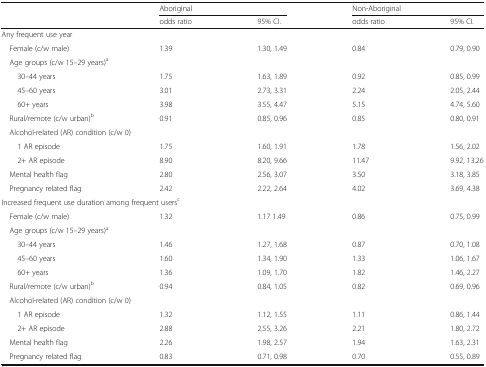
<table><thead><tr><td rowspan="2"></td><td colspan="2"><b>Aboriginal</b></td><td colspan="2"><b>Non-Aboriginal</b></td></tr><tr><td><b>odds ratio</b></td><td><b>95% CI.</b></td><td><b>odds ratio</b></td><td><b>95% CI.</b></td></tr></thead><tbody><tr><td colspan="5">Any frequent use year</td></tr><tr><td> Female (c/w male)</td><td>1.39</td><td>1.30, 1.49</td><td>0.84</td><td>0.79, 0.90</td></tr><tr><td colspan="5"> Age groups (c/w 15–29 years)<sup>a</sup></td></tr><tr><td>30–44 years</td><td>1.75</td><td>1.63, 1.89</td><td>0.92</td><td>0.85, 0.99</td></tr><tr><td>45–60 years</td><td>3.01</td><td>2.73, 3.31</td><td>2.24</td><td>2.05, 2.44</td></tr><tr><td>60+ years</td><td>3.98</td><td>3.55, 4.47</td><td>5.15</td><td>4.74, 5.60</td></tr><tr><td> Rural/remote (c/w urban)<sup>b</sup></td><td>0.91</td><td>0.85, 0.96</td><td>0.85</td><td>0.80, 0.91</td></tr><tr><td colspan="5"> Alcohol-related (AR) condition (c/w 0)</td></tr><tr><td>1 AR episode</td><td>1.75</td><td>1.60, 1.91</td><td>1.78</td><td>1.56, 2.02</td></tr><tr><td>2+ AR episode</td><td>8.90</td><td>8.20, 9.66</td><td>11.47</td><td>9.92, 13.26</td></tr><tr><td> Mental health flag</td><td>2.80</td><td>2.56, 3.07</td><td>3.50</td><td>3.18, 3.85</td></tr><tr><td> Pregnancy related flag</td><td>2.42</td><td>2.22, 2.64</td><td>4.02</td><td>3.69, 4.38</td></tr><tr><td colspan="5">Increased frequent use duration among frequent users<sup>c</sup></td></tr><tr><td> Female (c/w male)</td><td>1.32</td><td>1.17 1.49</td><td>0.86</td><td>0.75, 0.99</td></tr><tr><td colspan="5"> Age groups (c/w 15–29 years)<sup>a</sup></td></tr><tr><td>30–44 years</td><td>1.46</td><td>1.27, 1.68</td><td>0.87</td><td>0.70, 1.08</td></tr><tr><td>45–60 years</td><td>1.60</td><td>1.34, 1.90</td><td>1.33</td><td>1.06, 1.67</td></tr><tr><td>60+ years</td><td>1.36</td><td>1.09, 1.70</td><td>1.82</td><td>1.46, 2.27</td></tr><tr><td> Rural/remote (c/w urban)<sup>b</sup></td><td>0.94</td><td>0.84, 1.05</td><td>0.82</td><td>0.69, 0.96</td></tr><tr><td colspan="5"> Alcohol-related (AR) condition (c/w 0)</td></tr><tr><td>1 AR episode</td><td>1.32</td><td>1.12, 1.55</td><td>1.11</td><td>0.86, 1.44</td></tr><tr><td>2+ AR episode</td><td>2.88</td><td>2.55, 3.26</td><td>2.21</td><td>1.80, 2.72</td></tr><tr><td> Mental health flag</td><td>2.26</td><td>1.98, 2.57</td><td>1.94</td><td>1.63, 2.31</td></tr><tr><td> Pregnancy related flag</td><td>0.83</td><td>0.71, 0.98</td><td>0.70</td><td>0.55, 0.89</td></tr></tbody></table>